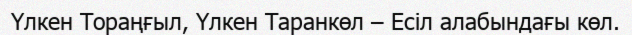
Үлкен Тораңғыл, Үлкен Таранкөл – Есіл алабындағы көл.